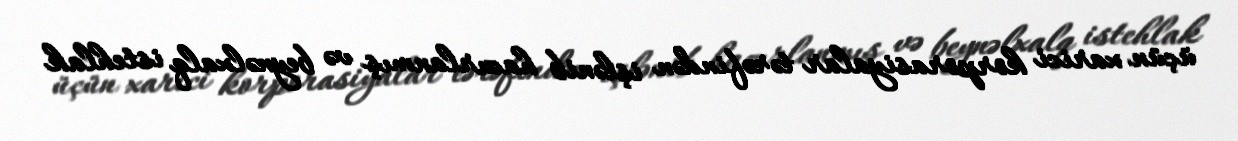
üçün xarici korporasiyalar tərəfindən işlənib hazırlanmış və beynəlxalq istehlak